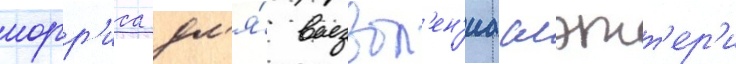
норр'иса дл'я́ вызвол'ен'иа слэтт'ер'и